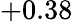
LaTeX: +0.38